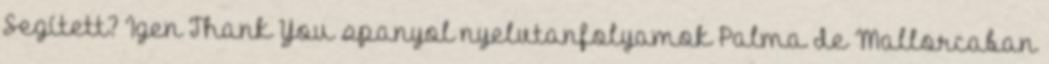
Segített? Igen Thank You spanyol nyelvtanfolyamok Palma de Mallorcaban